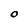
Character: O